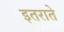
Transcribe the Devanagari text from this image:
इतराते